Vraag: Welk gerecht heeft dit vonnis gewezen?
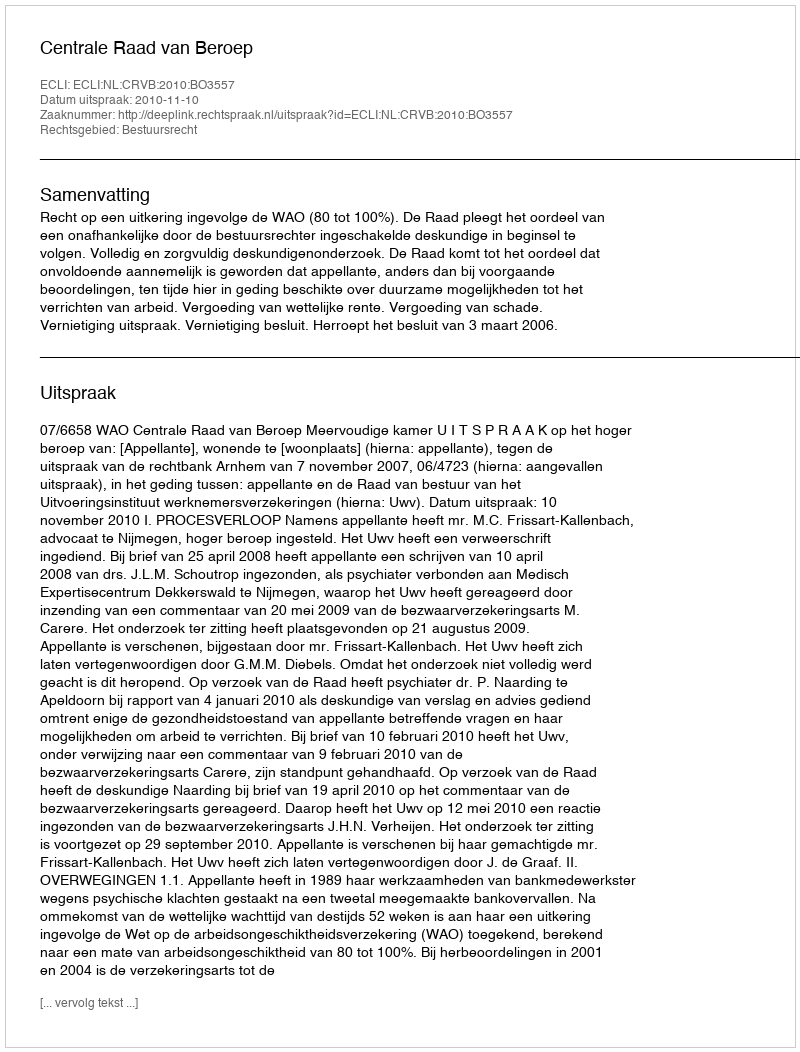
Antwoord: Centrale Raad van Beroep